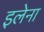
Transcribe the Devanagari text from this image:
इलेना